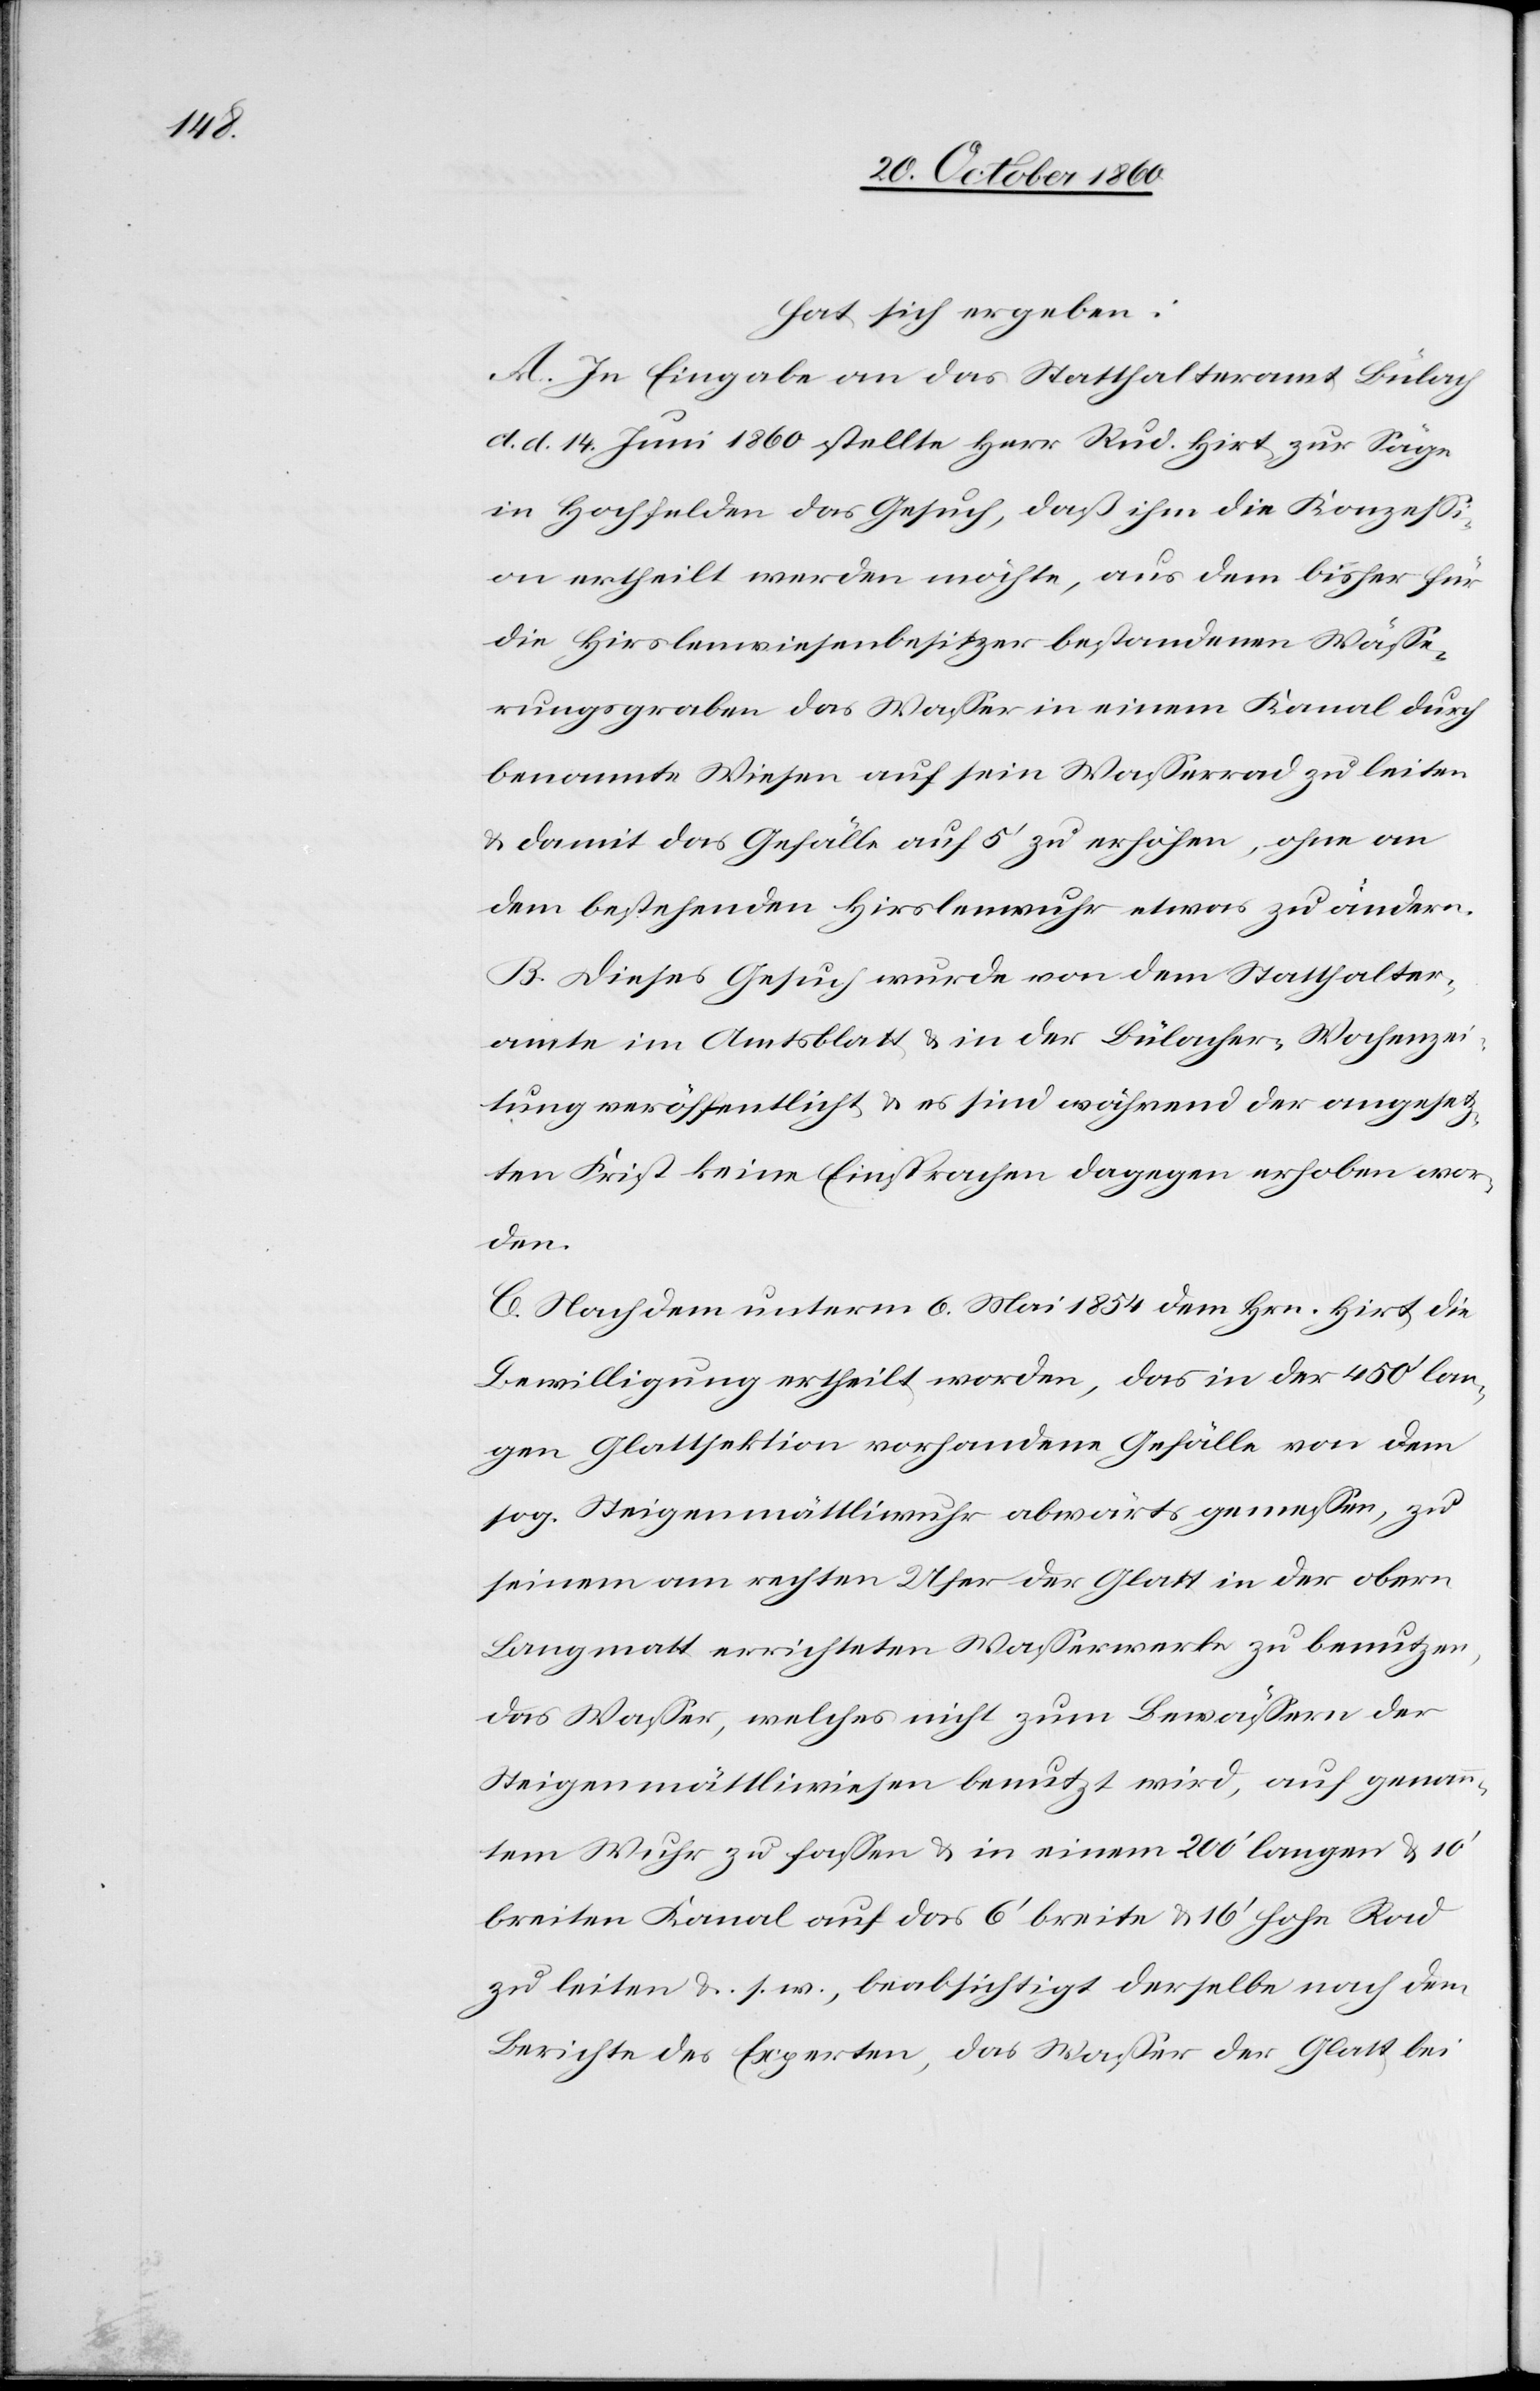
hat sich ergeben:
A. In Eingabe an das Statthalteramt Bülach
d. d. 14. Juni 1860 stellte Herr Rud. Hirt zur Säge
in Hochfelden das Gesuch, daß ihm die Konzess¬
ion ertheilt werden möchte, aus dem bisher für
die Hirslenwiesenbesitzer bestandenen Wässe¬
rungsgraben das Wasser in einem Kanal durch
benannte Wiesen auf sein Wasserrad zu leiten
u. damit das Gefälle auf 5’ zu erhöhen, ohne an
dem bestehenden Hirslenwuhr etwas zu ändern.
B. Dieses Gesuch wurde von dem Statthalter¬
amte im Amtsblatt u. in der Bülacher-Wochenzei¬
tung veröffentlicht u. es sind während der angesetz¬
ten Frist keine Einsprachen dagegen erhoben wor¬
den.
C. Nachdem unterm 6. Mai 1854 dem Hrn. Hirt die
Bewilligung ertheilt worden, das in der 450’ lan¬
gen Glattsektion vorhandene Gefälle von dem
sog. Steigenmättliwuhr abwärts gemessen, zu
seinem am rechten Ufer der Glatt in der obern
Langmatt errichteten Wasserwerke zu benutzen,
das Wasser, welches nicht zum Bewässern der
Steigenmättliwiesen benutzt wird, auf genann¬
tem Wuhr zu fassen u. in einem 200’ langen u. 10’
breiten Kanal auf das 6’ breite u. 16’hohe Rad
zu leiten u. s. w., beabsichtigt derselbe nach dem
Berichte des Experten, das Wasser der Glatt bei